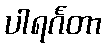
ပါရင်္ဂတာ